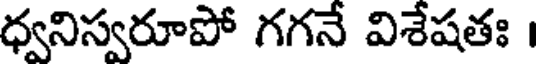
ధ్వనిస్వరూపో గగనే విశేషతః